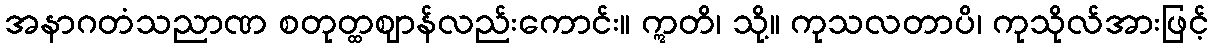
အနာဂတံသညာဏ စတုတ္ထဈာန်လည်းကောင်း။ ဣတိ၊ သို့။ ကုသလတာပိ၊ ကုသိုလ်အားဖြင့်